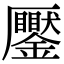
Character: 𠫎